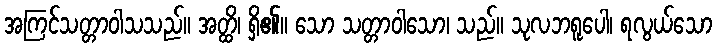
အကြင်သတ္တာဝါသသည်။ အတ္ထိ၊ ရှိ၏။ သော သတ္တာဝါသော၊ သည်။ သုလဘရူပေါ၊ ရလွယ်သော